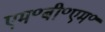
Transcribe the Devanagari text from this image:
एम॰बी॰एम॰